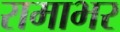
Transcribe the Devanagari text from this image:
रामाभर